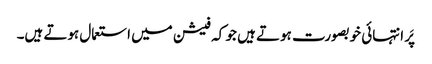
پَر انتہائی خوبصورت ہوتے ہیں جو کہ فیشن میں استعمال ہوتے ہیں۔